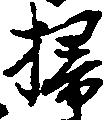
掃